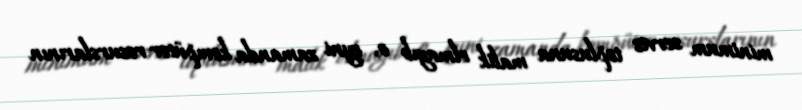
minimum servis toplusuna malik olmayıb o, eyni zamanda kompüter resurslarının